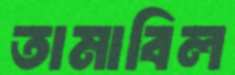
তামাবিল